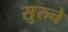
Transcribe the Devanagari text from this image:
सुरुचे